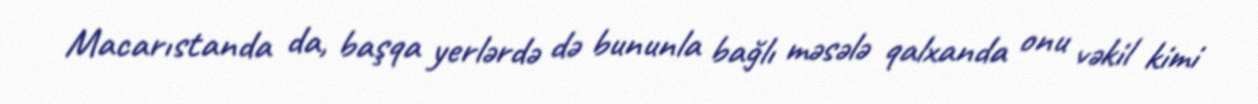
Macarıstanda da, başqa yerlərdə də bununla bağlı məsələ qalxanda onu vəkil kimi